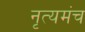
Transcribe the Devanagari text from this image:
नृत्यमंच